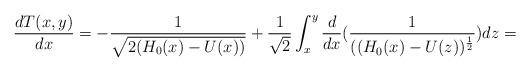
LaTeX: \begin{align*}\frac{dT(x,y)}{dx}=-\frac{1}{\sqrt{2(H_{0}(x)-U(x))}}+\frac{1}{\sqrt{2}}\int_{x}^{y}\frac{d}{dx}(\frac{1}{((H_{0}(x)-U(z))^{\frac{1}{2}}})dz=\end{align*}